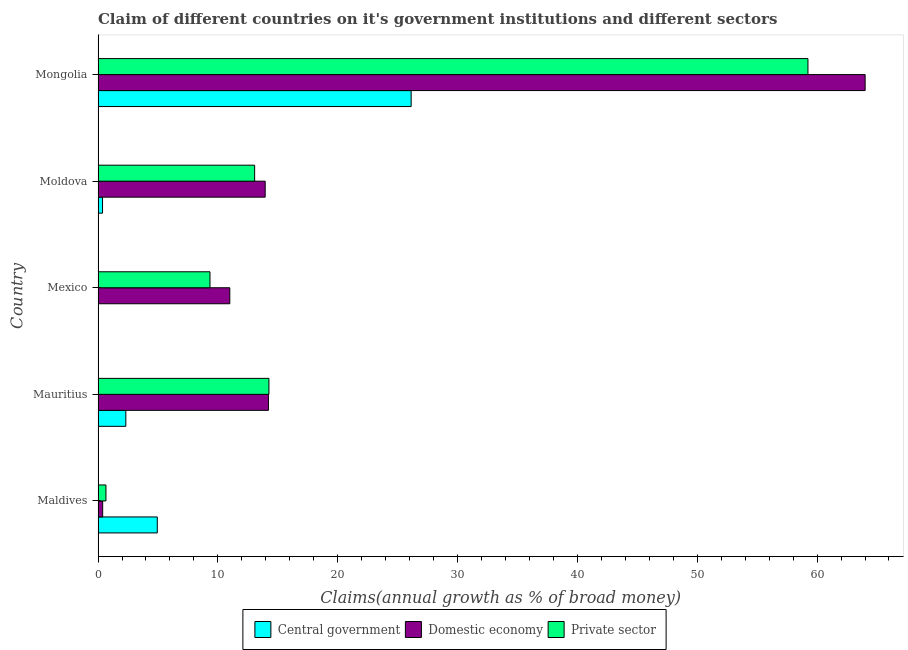
| Country | Central government | Domestic economy | Private sector |
 | --- | --- | --- | --- |
 | Maldives | 4.94 | 0.385 | 0.66 |
 | Mauritius | 2.32 | 14.2 | 14.3 |
 | Mexico | -1.45 | 11 | 9.34 |
 | Moldova | 0.374 | 13.9 | 13.1 |
 | Mongolia | 26.1 | 64 | 59.2 |